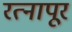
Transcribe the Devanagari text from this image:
रत्‍नापूर